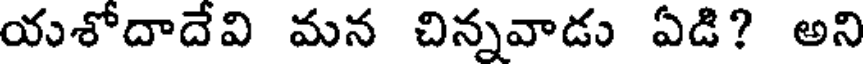
యశోదాదేవి మన చిన్నవాడు ఏడి? అని